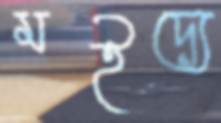
মইদ্যে